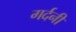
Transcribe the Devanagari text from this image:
गर्दनी